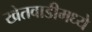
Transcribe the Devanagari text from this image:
खेतवाडीमध्ये